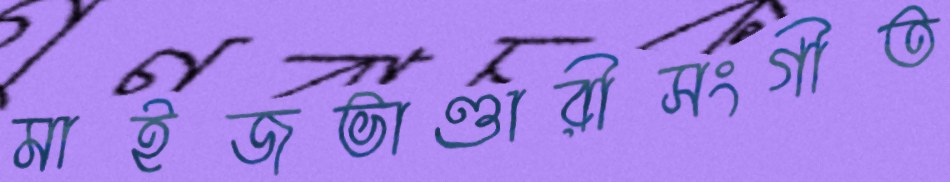
মাইজভাণ্ডারীসংগীত